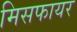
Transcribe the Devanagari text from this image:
मिसफायर